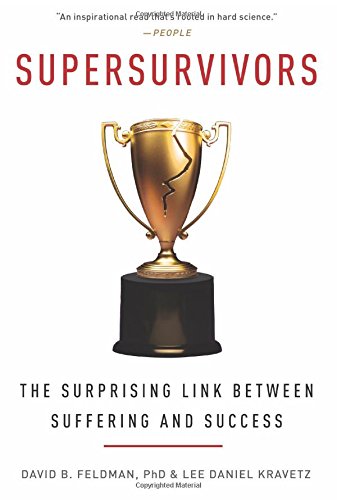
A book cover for Supersurvivors: The Surprising Link Between Suffering and Success; David B. Feldman; Health, Fitness & Dieting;